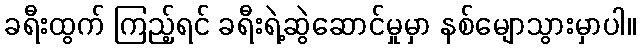
ခရီးထွက် ကြည့်ရင် ခရီးရဲ့ဆွဲဆောင်မှုမှာ နစ်မျောသွားမှာပါ။